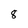
Character: 8